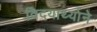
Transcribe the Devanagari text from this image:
विदयार्थ्‍याने